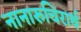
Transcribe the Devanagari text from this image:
नानारुचिरार्थ